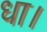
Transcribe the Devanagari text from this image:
धा।